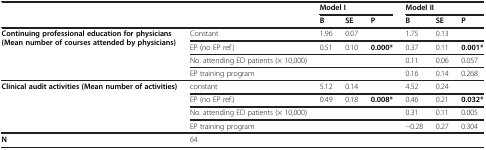
| <ROWSPAN=2-COLSPAN=2>  | <COLSPAN=3> Model I | <COLSPAN=3> Model II |
 | B | SE | P | B | SE | P |
 | --- | --- | --- | --- | --- | --- | --- | --- |
 | <ROWSPAN=2> Continuing professional education for physicians (Mean number of courses attended by physicians) | Constant | 1.96 | 0.07 |  | 1.75 | 0.13 |  |
 | EP (no EP ref.) | 0.51 | 0.10 | 0.000* | 0.37 | 0.11 | 0.001* |
 | <ROWSPAN=2>  | No. attending ED patients (× 10,000) |  |  |  | 0.11 | 0.06 | 0.057 |
 | EP training program |  |  |  | 0.16 | 0.14 | 0.268 |
 | <ROWSPAN=4> Clinical audit activities (Mean number of activities) | constant | 5.12 | 0.14 |  | 4.52 | 0.24 |  |
 | EP (no EP ref.) | 0.49 | 0.18 | 0.008* | 0.46 | 0.21 | 0.032* |
 | No. attending ED patients (× 10,000) |  |  |  | 0.31 | 0.11 | 0.005 |
 | EP training program |  |  |  | −0.28 | 0.27 | 0.304 |
 | N | 64 |  |  |  |  |  |  |